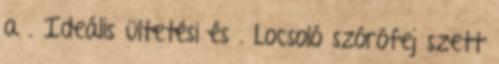
a . Ideális ültetési és . Locsoló szórófej szett